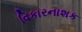
વિકારનાશક